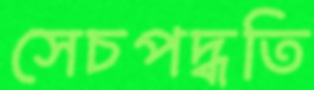
সেচপদ্ধতি